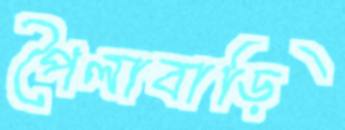
পৈলাবাড়ি